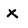
Character: X